Laidoner,_Johan, lk 140
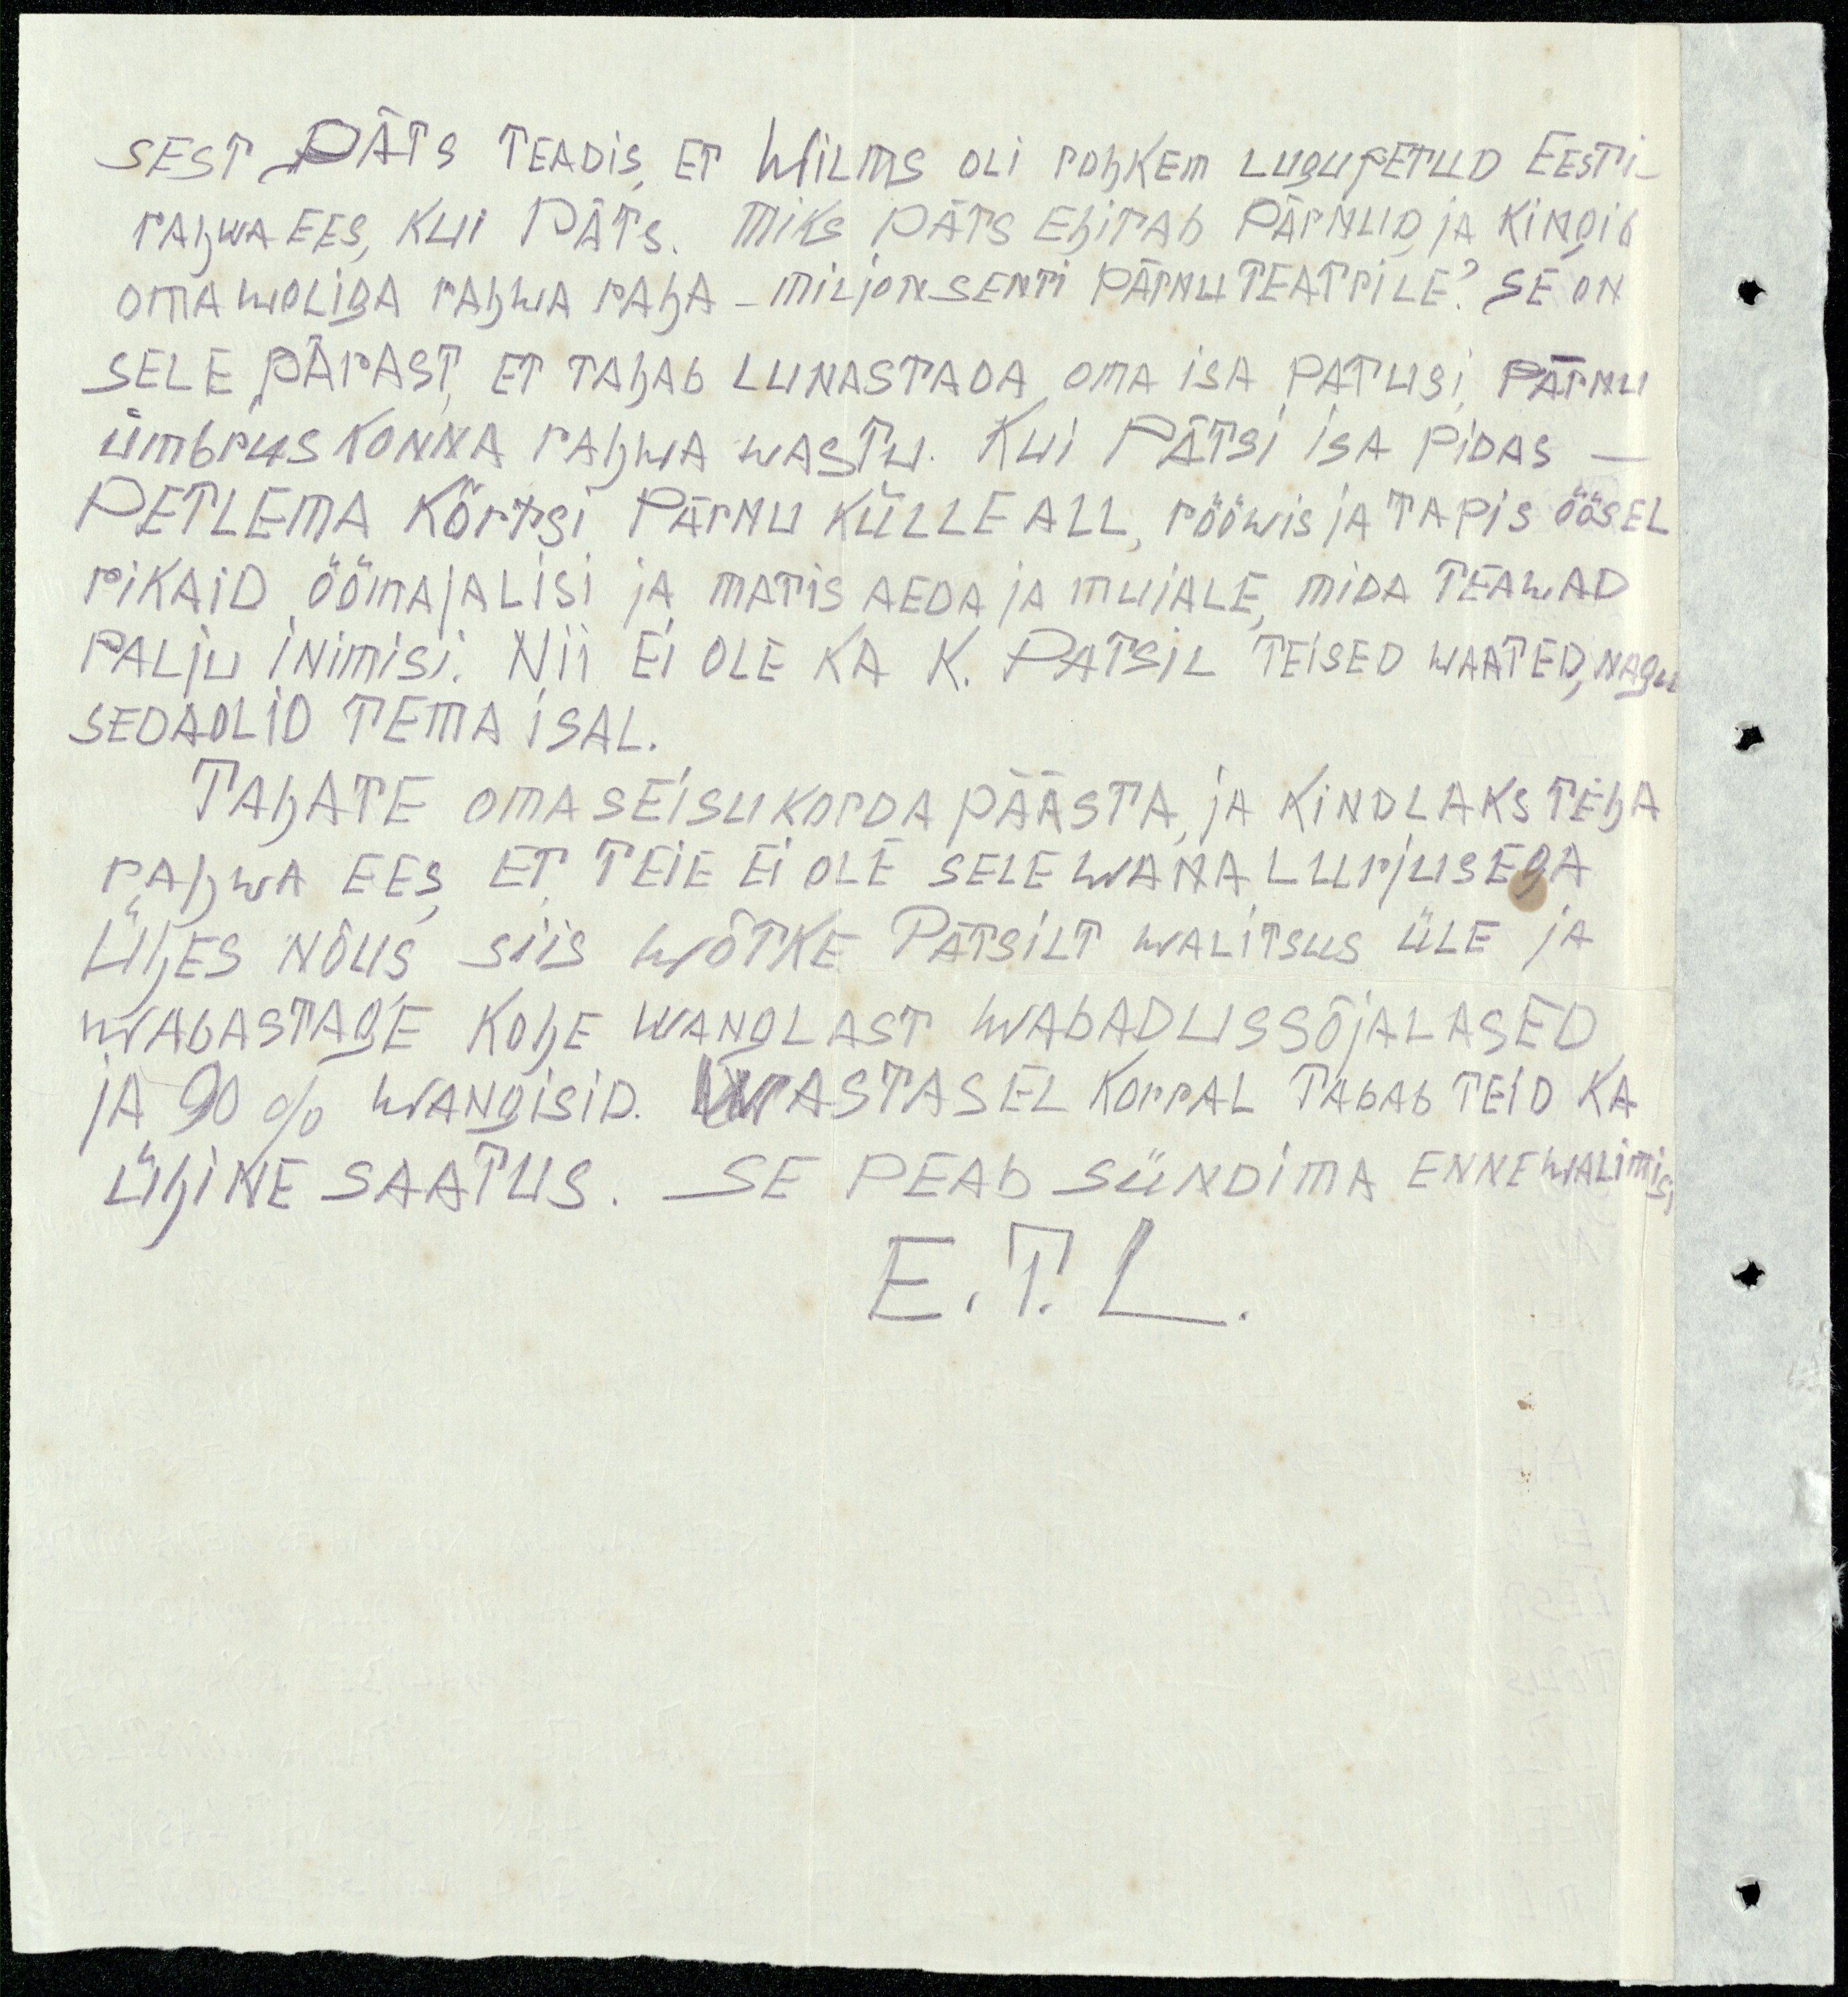
sest Päts teadis, et Wilms oli rohkem lugupetud Eesti-
rahwa ees, kui Päts, miks Päts ehitab Pärnud, ja kingib
omawoliga rahwa raha - miljon senti Pärnu teatrile? Se on
sele pärast, et tahab lunastada oma isa patusi, Pärnu
ümbruskonna rahwa wastu. Kui Pätsi isa pidas
petlema kõrtsi Pärnu külle all, rööwis ja tapis öösel
rikaid öömajalisi ja matis aeda ja mujale, mida teawad
palju inimisi. Nii ei ole ka K. Patsil teised waated, nagu
seda olid tema isa.
Tahate oma seisu korda päästa, ja kindlaks teha
rahwa ees, et Teie ei ole sele wana lurjusega
ühes nõus siis wõtke Pätsilt walitsus üle ja
wabastage kohe wanglast wabadussõjalased
ja 90% wangisid. Wastasel korral tabab Teid ka
ühine saatus. Se peab sündima enne walimisi
E. T. L.